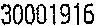
30001916